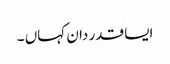
ایسا قدر دان کہاں ۔